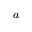
a